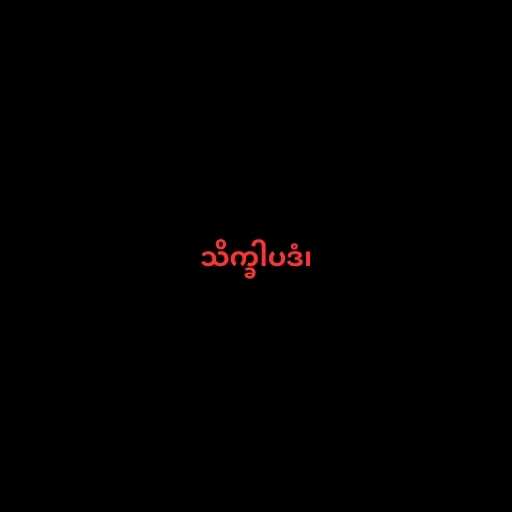
သိက္ခါပဒံ၊